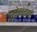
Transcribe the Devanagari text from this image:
प्रमेयांच्या